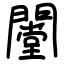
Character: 闛